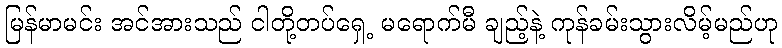
မြန်မာမင်း အင်အားသည် ငါတို့တပ်ရှေ့ မရောက်မီ ချည့်နဲ့ ကုန်ခမ်းသွားလိမ့်မည်ဟု